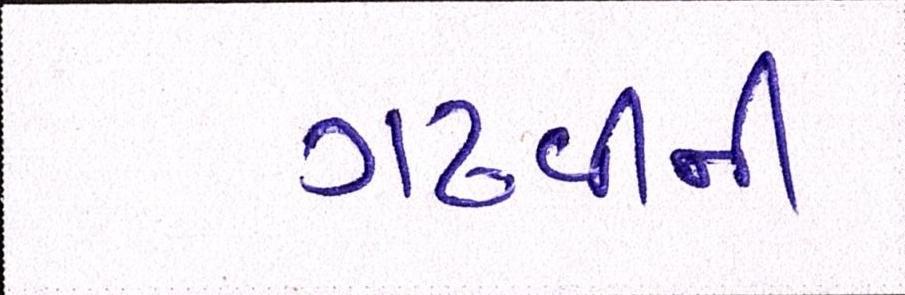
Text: ગઢવીની